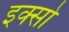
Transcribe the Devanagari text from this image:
इक्सो